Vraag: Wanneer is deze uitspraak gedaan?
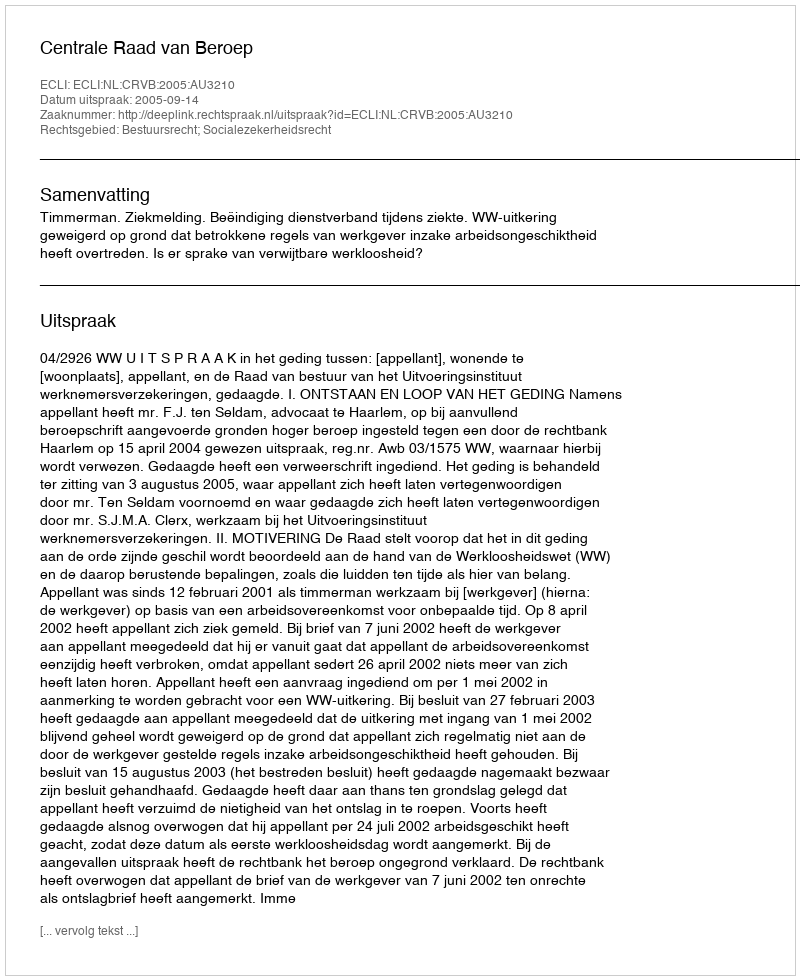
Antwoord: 2005-09-14